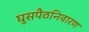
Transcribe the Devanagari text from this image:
घुसपैठनिवारण